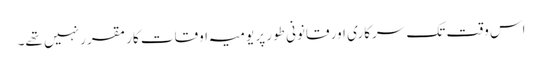
اس وقت تک سرکاری اور قانونی طور پر یومیہ اوقات کار مقرر نہیں تھے۔